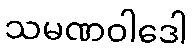
သမဏဝါဒေါ